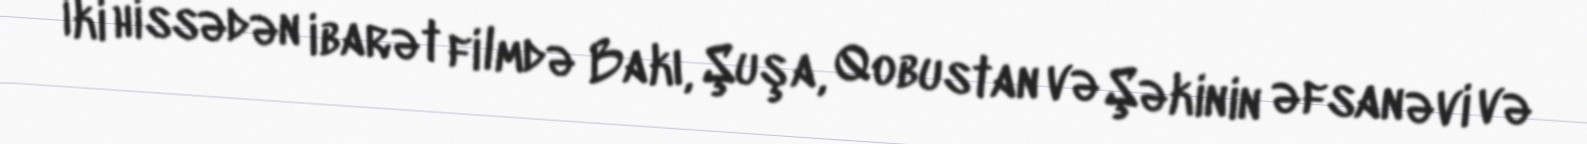
İki hissədən ibarət filmdə Bakı, Şuşa, Qobustan və Şəkinin əfsanəvi və